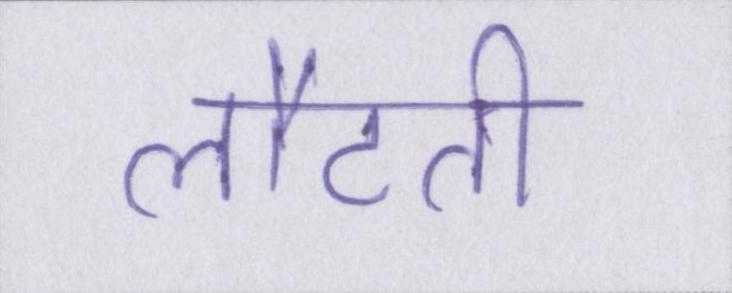
लौटती